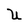
Character: U